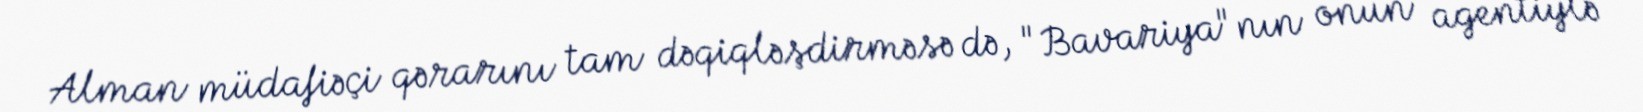
Alman müdafiəçi qərarını tam dəqiqləşdirməsə də, "Bavariya"nın onun agentiylə